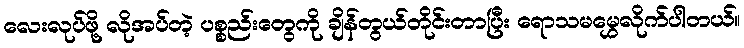
လေးလုပ်ဖို့ လိုအပ်တဲ့ ပစ္စည်းတွေကို ချိန်တွယ်တိုင်းတာပြီး ရောသမမွှေလိုက်ပါတယ်။